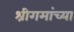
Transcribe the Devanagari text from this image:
श्रीगमांच्या